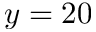
y = 2 0